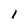
Character: l